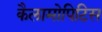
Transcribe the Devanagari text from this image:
कैलामोपिटिस